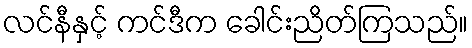
လင်နီနှင့် ကင်ဒီက ခေါင်းညိတ်ကြသည်။